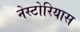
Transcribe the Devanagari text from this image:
नेस्टोरियास